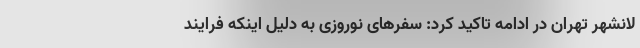
لانشهر تهران در ادامه تاکید کرد: سفرهای نوروزی به دلیل اینکه فرایند